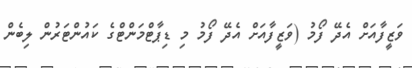
ވަޒީފާއަށް އެދޭ ފޯމު (ވަޒީފާއަށް އެދޭ ފޯމު މި ޑިޕާޓްމަންޓްގެ ކައުންޓަރުން ލިބެން